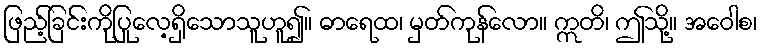
ဖြည့်ခြင်းကိုပြုလေ့ရှိသောသူဟူ၍။ ဓာရေထ၊ မှတ်ကုန်လော။ ဣတိ၊ ဤသို့။ အဝေါစ၊